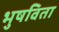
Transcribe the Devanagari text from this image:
भुषविता